Annual report of the Camel Specialist
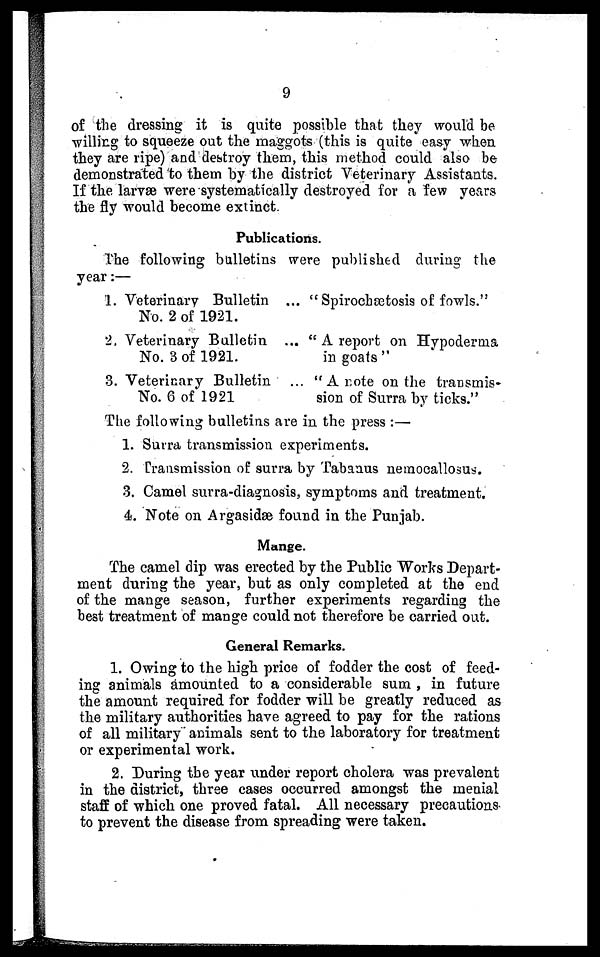
9
of the dressing it is quite possible that they would be
willing to squeeze out the maggots (this is quite easy when
they are ripe) and destroy them, this method could also be
demonstrated to them by the district Veterinary Assistants.
If the larvæ were systematically destroyed for a few years
the fly would become extinct.
Publications.
The following bulletins were published during the
year:—
1. Veterinary Bulletin ... "Spirochætosis of fowls."
No. 2 of 1921.
2. Veterinary Bulletin ... "A report on Hypoderma
No. 3 of 1921.
in goats"
3. Veterinary Bulletin ... "A note on the transmis-
No. 6 of 1921
sion of Surra by ticks."
The following bulletins are in the press :—
1. Surra transmission experiments.
2. Transmission of surra by Tabanus nemocallosus.
3. Camel surra-diagnosis, symptoms and treatment.
4. Note on Argasidæ found in the Punjab.
Mange.
The camel dip was erected by the Public Works Depart-
ment during the year, but as only completed at the end
of the mange season, further experiments regarding the
best treatment of mange could not therefore be carried out.
General Remarks.
1. Owing to the high price of fodder the cost of feed-
ing animals amounted to a considerable sum, in future
the amount required for fodder will be greatly reduced as
the military authorities have agreed to pay for the rations
of all military animals sent to the laboratory for treatment
or experimental work.
2. During the year under report cholera was prevalent
in the district, three cases occurred amongst the menial
staff of which one proved fatal. All necessary precautions
to prevent the disease from spreading were taken.